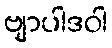
ဗျာပါဒဝါ